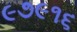
૯૭૯૧૬